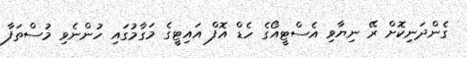
ގެންދަނިކޮށް ރޭ ނިޔާވި އެސްޓީއޯގެ ހެޑް އޮފް އައިޓީގެ މަގާމުގައި ހުންނެވި މުސްތަފާ